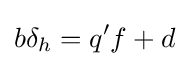
b\delta _{h}=q'f+d